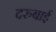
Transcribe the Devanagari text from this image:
दरुबाई